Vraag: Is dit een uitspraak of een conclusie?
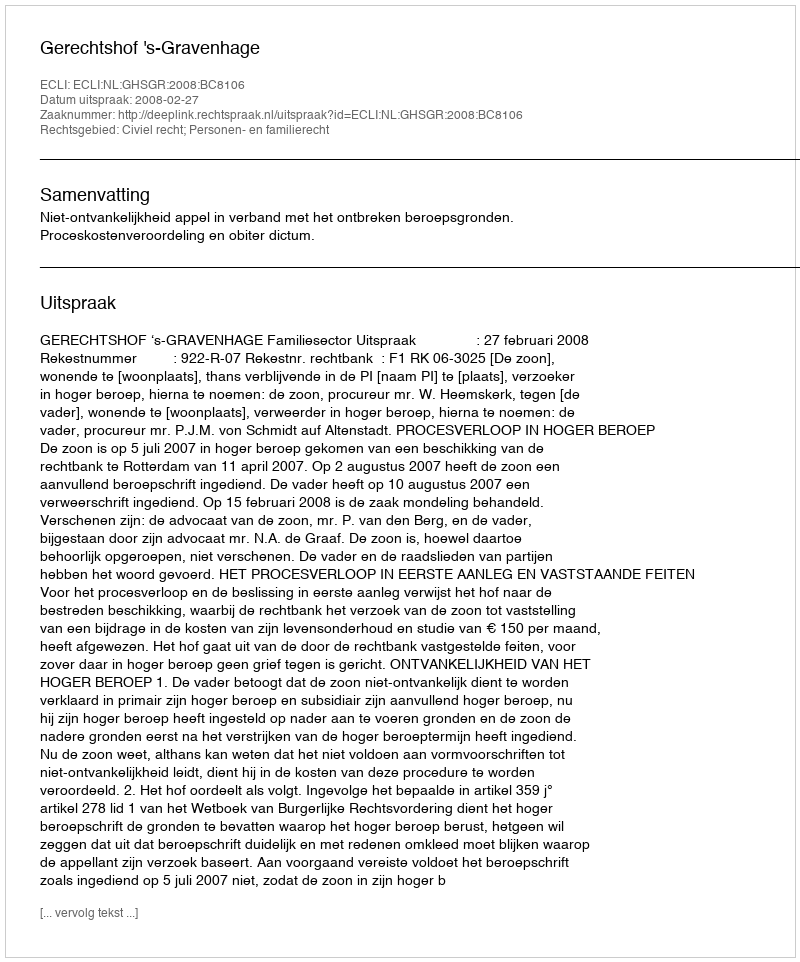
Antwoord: Uitspraak